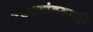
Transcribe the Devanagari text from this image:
टेकड्यांवरुनही